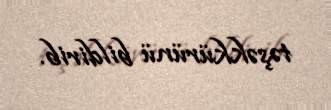
təşəkkürünü bildirib.